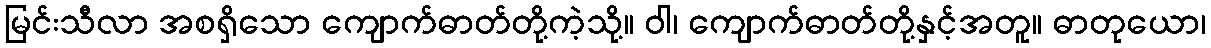
မြင်းသီလာ အစရှိသော ကျောက်ဓာတ်တို့ကဲ့သို့။ ဝါ၊ ကျောက်ဓာတ်တို့နှင့်အတူ။ ဓာတုယော၊